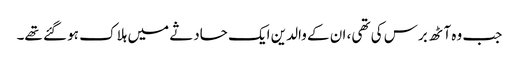
جب وہ آٹھ برس کی تھی، ان کے والدین ایک حادثے میں ہلاک ہو گئے تھے۔